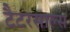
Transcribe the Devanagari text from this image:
टैटरसाल्स